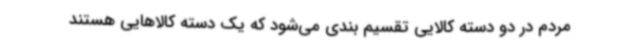
مردم در دو دسته کالایی تقسیم بندی می‌شود که یک دسته کالاهایی هستند